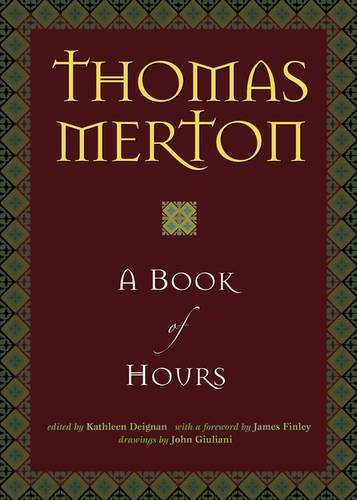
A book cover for A Book of Hours; Thomas Merton; Christian Books & Bibles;